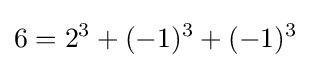
6=2^{3}+(-1)^{3}+(-1)^{3}